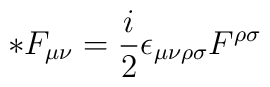
*F_{\mu\nu} =  \frac{i}{2} \epsilon_{\mu\nu\rho\sigma} F^{\rho\sigma}